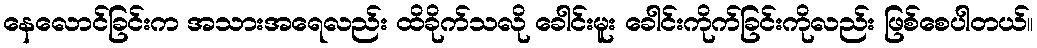
နေလောင်ခြင်းက အသားအရေလည်း ထိခိုက်သလို ခေါင်းမူး ခေါင်းကိုက်ခြင်းကိုလည်း ဖြစ်စေပါတယ်။